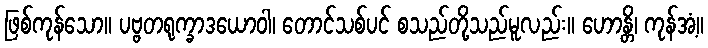
ဖြစ်ကုန်သော။ ပဗ္ဗတရုက္ခာဒယောဝါ၊ တောင်သစ်ပင် စသည်တို့သည်မူလည်း။ ဟောန္တိ၊ ကုန်အံ့။